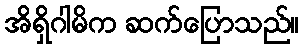
အိရှိဂါမိက ဆက်ပြောသည်။